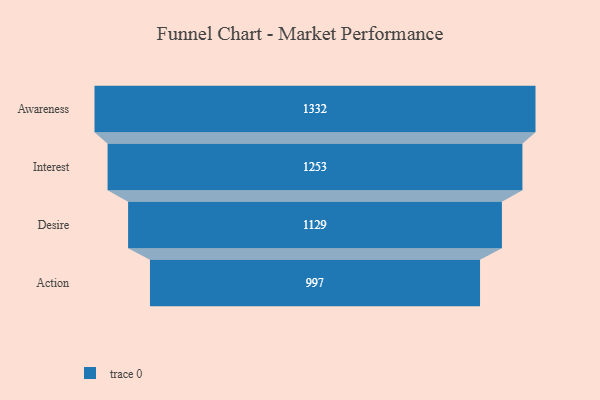
{"axis": {"x": "Stage", "y": "Value"}, "legend": [""], "data": [{"x": "Awareness", "y": 1332.0, "type": ""}, {"x": "Interest", "y": 1253.0, "type": ""}, {"x": "Desire", "y": 1129.0, "type": ""}, {"x": "Action", "y": 997.0, "type": ""}]}